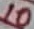
Text: 10